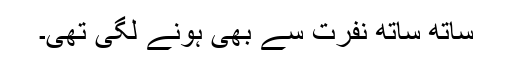
ساتھ ساتھ نفرت سے بھی ہونے لگی تھی۔